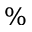
\%